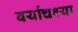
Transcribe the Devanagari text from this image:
बर्याचश्या